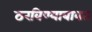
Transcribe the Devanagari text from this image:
ठरविण्याबाबत